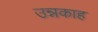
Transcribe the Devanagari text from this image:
उन्नकाह